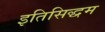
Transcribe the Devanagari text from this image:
इतिसिद्धम